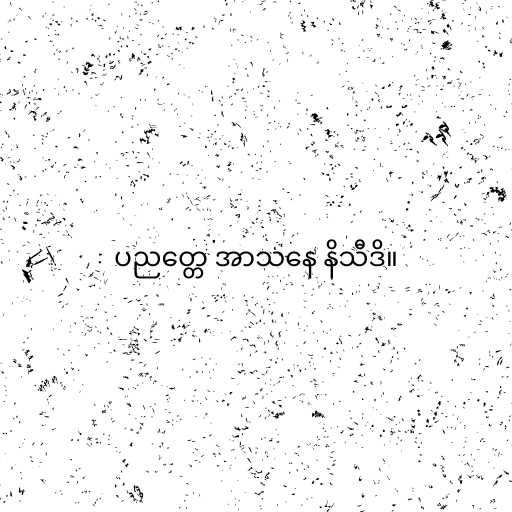
ပညတ္တေ အာသနေ နိသီဒိ။